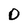
Character: O